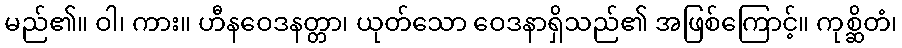
မည်၏။ ဝါ၊ ကား။ ဟီနဝေဒနတ္တာ၊ ယုတ်သော ဝေဒနာရှိသည်၏ အဖြစ်ကြောင့်။ ကုစ္ဆိတံ၊